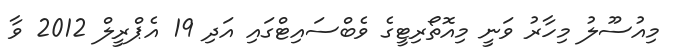
މިއުސޫލު މިހާރު ވަނީ މިއޮތޯރިޓީގެ ވެބްސައިޓްގައި އަދި 19 އެޕްރީލް 2012 ވާ